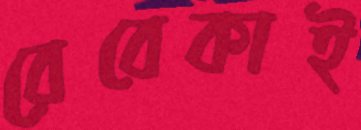
রেবেকাই